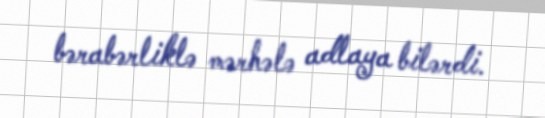
bərabərliklə mərhələ adlaya bilərdi.